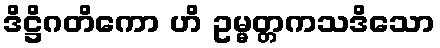
ဒိဋ္ဌိဂတိကော ဟိ ဥမ္မတ္တကသဒိသော